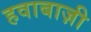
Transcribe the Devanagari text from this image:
हवाबाज़ी